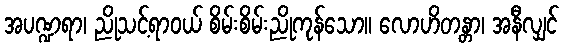
အပဏ္ဍရာ၊ ညိုသင့်ရာဝယ် စိမ်းစိမ်းညိုကုန်သော။ လောဟိတန္တာ၊ အနီလျှင်